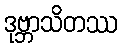
ဒုဗ္ဘာသိတဿ